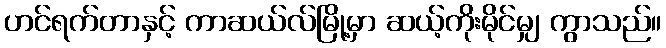
ဟင်ရက်တာနှင့် ကာဆယ်လ်မြို့မှာ ဆယ့်ကိုးမိုင်မျှ ကွာသည်။